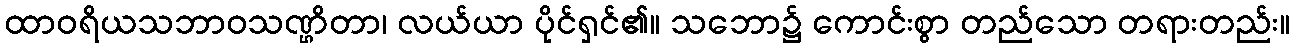
ထာဝရိယသဘာဝသဏ္ဌိတာ၊ လယ်ယာ ပိုင်ရှင်၏။ သဘော၌ ကောင်းစွာ တည်သော တရားတည်း။